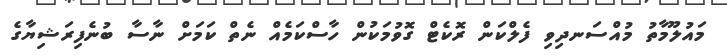
މައުލޫމާތު މުއްސަނދިވި ފެލްކަން ރޮކެޓް ގޮވުމަކުން ހާސްކަމެއް ނެތް ކަމަށް ނާސާ ބުނެފިރަޝިޔާގެ